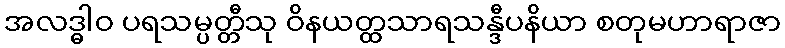
အလဒ္ဓါဝ ပရသမ္ပတ္တီသု ဝိနယတ္ထသာရသန္ဒီပနိယာ စတုမဟာရာဇာ